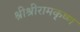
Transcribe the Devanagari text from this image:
श्रीश्रीरामकृष्ण